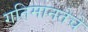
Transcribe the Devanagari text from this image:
गतिमानतेचे